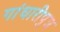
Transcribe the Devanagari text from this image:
गांधारीपुत्र